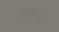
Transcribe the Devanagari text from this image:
पाखण्ड।